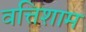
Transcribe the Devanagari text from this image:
वत्तिशाम